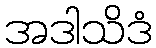
အဒါသိဒံ